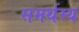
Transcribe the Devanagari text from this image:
समर्थस्य